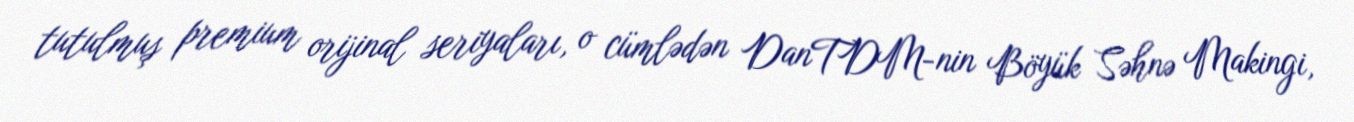
tutulmuş premium orijinal seriyaları, o cümlədən DanTDM-nin Böyük Səhnə Makingi,